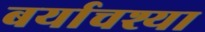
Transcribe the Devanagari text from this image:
बर्याचश्या